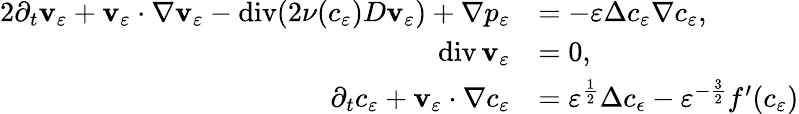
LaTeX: \begin{array}{rl}{{2}\partial_{t}\mathbf{v}_{\varepsilon}+\mathbf{v}_{\varepsilon}\cdot\nabla\mathbf{v}_{\varepsilon}-\operatorname{div}(2\nu(c_{\varepsilon})D\mathbf{v}_{\varepsilon})+\nabla p_{\varepsilon}}&{=-\varepsilon\Delta c_{\varepsilon}\nabla c_{\varepsilon},}\\ {\operatorname{div}\mathbf{v}_{\varepsilon}}&{=0,}\\ {\partial_{t}c_{\varepsilon}+\mathbf{v}_{\varepsilon}\cdot\nabla c_{\varepsilon}}&{=\varepsilon^{\frac{1}{2}}\Delta c_{\epsilon}-\varepsilon^{-\frac{3}{2}}f^{\prime}(c_{\varepsilon})}\end{array}